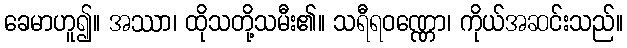
ခေမာဟူ၍။ အဿာ၊ ထိုသတို့သမီး၏။ သရီရဝဏ္ဏော၊ ကိုယ်အဆင်းသည်။